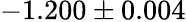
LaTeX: -1.200\pm 0.004